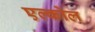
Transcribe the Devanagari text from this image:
एल्कोल